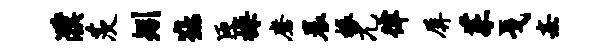
濮茨矧鞍臣操磨晨椽兀律屏茱戈熹